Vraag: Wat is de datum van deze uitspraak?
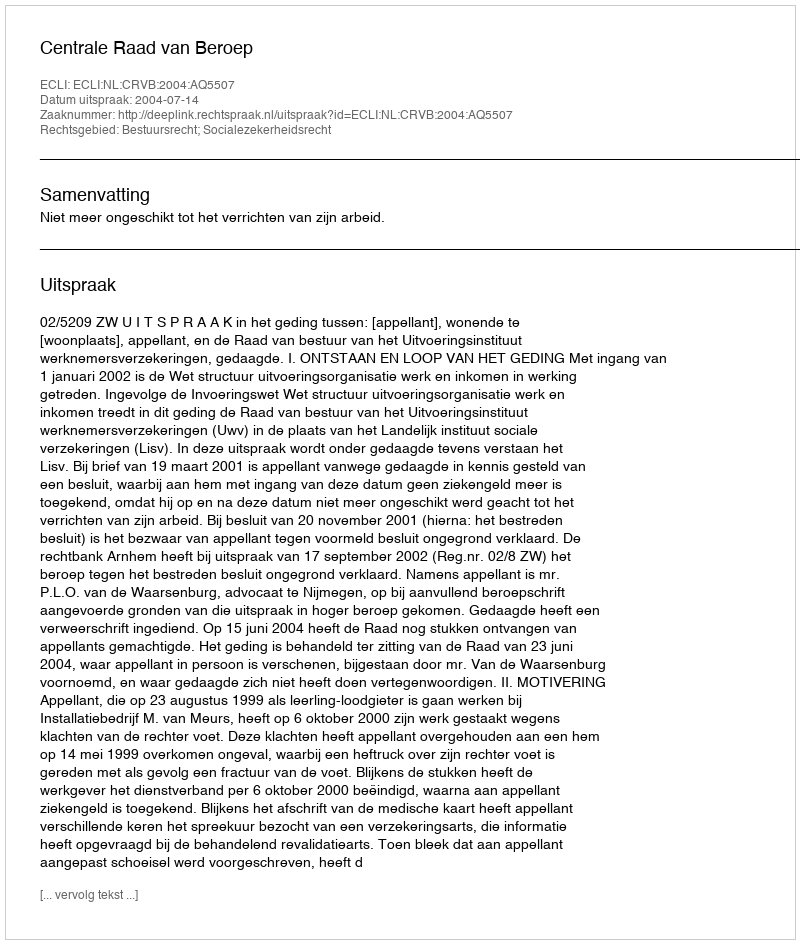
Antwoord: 2004-07-14